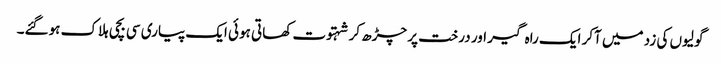
گولیوں کی زد میں آکر ایک راہ گیر اور درخت پر چڑھ کر شہتوت کھاتی ہوئی ایک پیاری سی بچی ہلاک ہوگئے۔